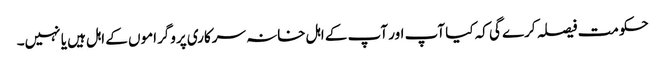
حکومت فیصلہ کرے گی کہ کیا آپ اور آپ کے اہل خانہ سرکاری پروگراموں کے اہل ہیں یا نہیں۔